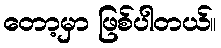
တော့မှာ ဖြစ်ပါတယ်။